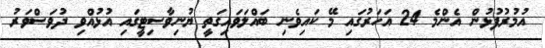
އުމުރުފުޅުން އެންމެ 24 އަހަރުގައި މޭ ކައިވެނި ބައްލަވައިގަތީ ޔުނިވާސިޓީގައި އުޅުއްވި ދުވަސްވަރު